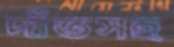
দাঁতসহ